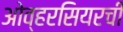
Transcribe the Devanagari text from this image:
ओव्हरसियरची